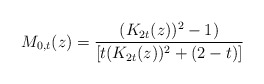
\begin{align*}M_{0,t}(z) = \frac{(K_{2t}(z))^2-1)}{[t(K_{2t}(z))^2 + (2-t)]}\end{align*}